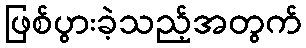
ဖြစ်ပွားခဲ့သည့်အတွက်